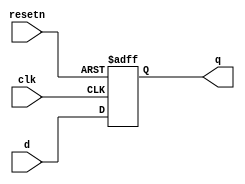
`default_nettype none

module dff32 (
    input [31: 0] d,
    input clk,
    input resetn,
    output reg [31: 0] q
);
    //  D Flip Flop

    always @ (negedge resetn or posedge clk)
    begin
        if (resetn == 0) 
            // q <=0;
            q <= -4;
        else 
            q <= d;
    end

endmodule